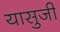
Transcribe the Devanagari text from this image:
यासुजी